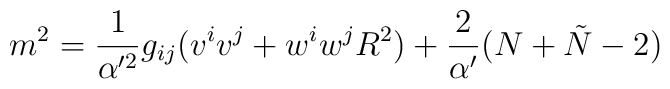
m^2 = \frac{1}{\alpha^{\prime 2}} g_{ij} (v^iv^j+w^iw^jR^2) +\frac{2}{\alpha^\prime}(N+\tilde{N}-2)